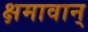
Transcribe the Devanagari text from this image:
क्षमावान्